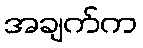
အချက်က